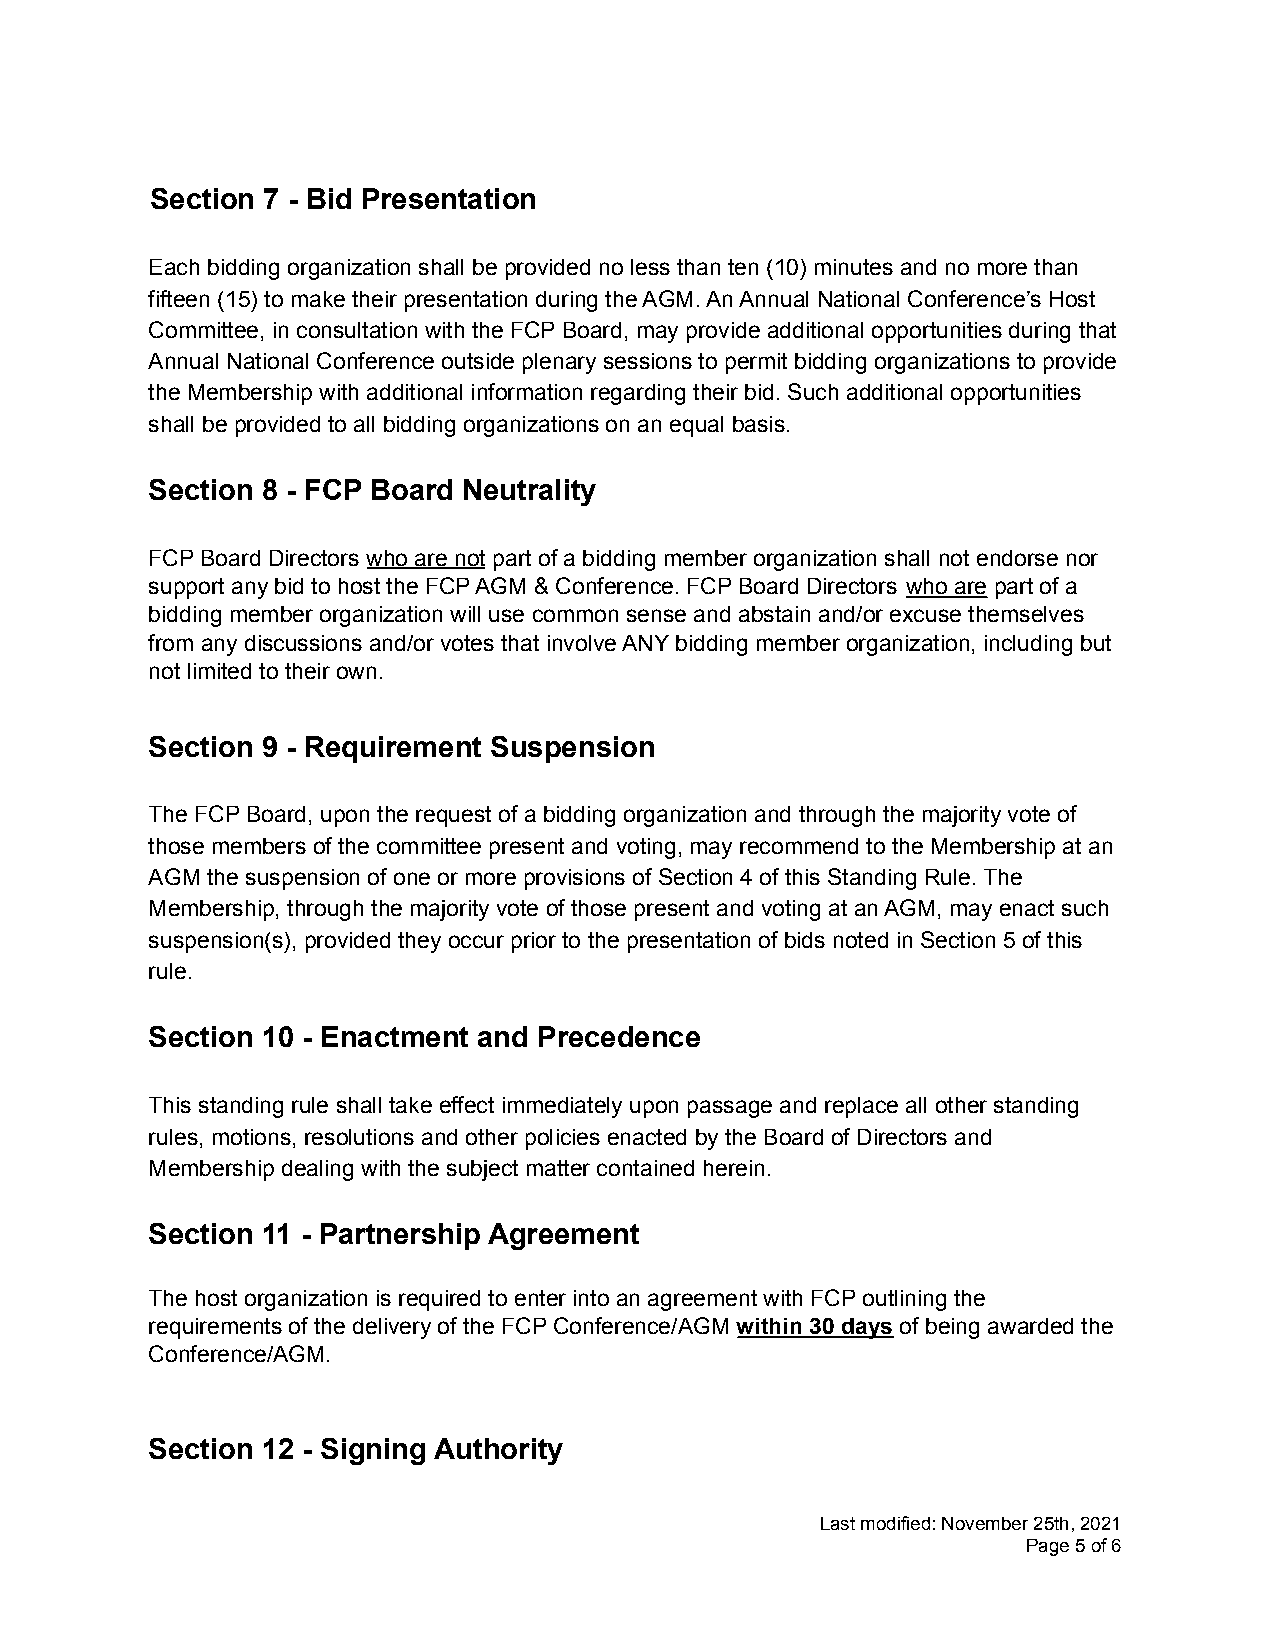
Section 7 - Bid Presentation
 Each bidding organization shall be provided no less than ten (10) minutes and no more than
 fifteen (15) to make their presentation during the AGM. An Annual National Conference’s Host
 Committee, in consultation with the FCP Board, may provide additional opportunities during that
 Annual National Conference outside plenary sessions to permit bidding organizations to provide
 the Membership with additional information regarding their bid. Such additional opportunities
 shall be provided to all bidding organizations on an equal basis.
 Section 8 - FCP Board Neutrality
 FCP Board Directors who are not part of a bidding member organization shall not endorse nor
 support any bid to host the FCP AGM & Conference. FCP Board Directors who are part of a
 bidding member organization will use common sense and abstain and/or excuse themselves
 from any discussions and/or votes that involve ANY bidding member organization, including but
 not limited to their own.
 Section 9 - Requirement Suspension
 The FCP Board, upon the request of a bidding organization and through the majority vote of
 those members of the committee present and voting, may recommend to the Membership at an
 AGM the suspension of one or more provisions of Section 4 of this Standing Rule. The
 Membership, through the majority vote of those present and voting at an AGM, may enact such
 suspension(s), provided they occur prior to the presentation of bids noted in Section 5 of this
 rule.
 Section 10 - Enactment and Precedence
 This standing rule shall take effect immediately upon passage and replace all other standing
 rules, motions, resolutions and other policies enacted by the Board of Directors and
 Membership dealing with the subject matter contained herein.
 Section 11 - Partnership Agreement
 The host organization is required to enter into an agreement with FCP outlining the
 requirements of the delivery of the FCP Conference/AGM within 30 days of being awarded the
 Conference/AGM.
 Section 12 - Signing Authority
 Last modified: November 25th, 2021
 Page5of6